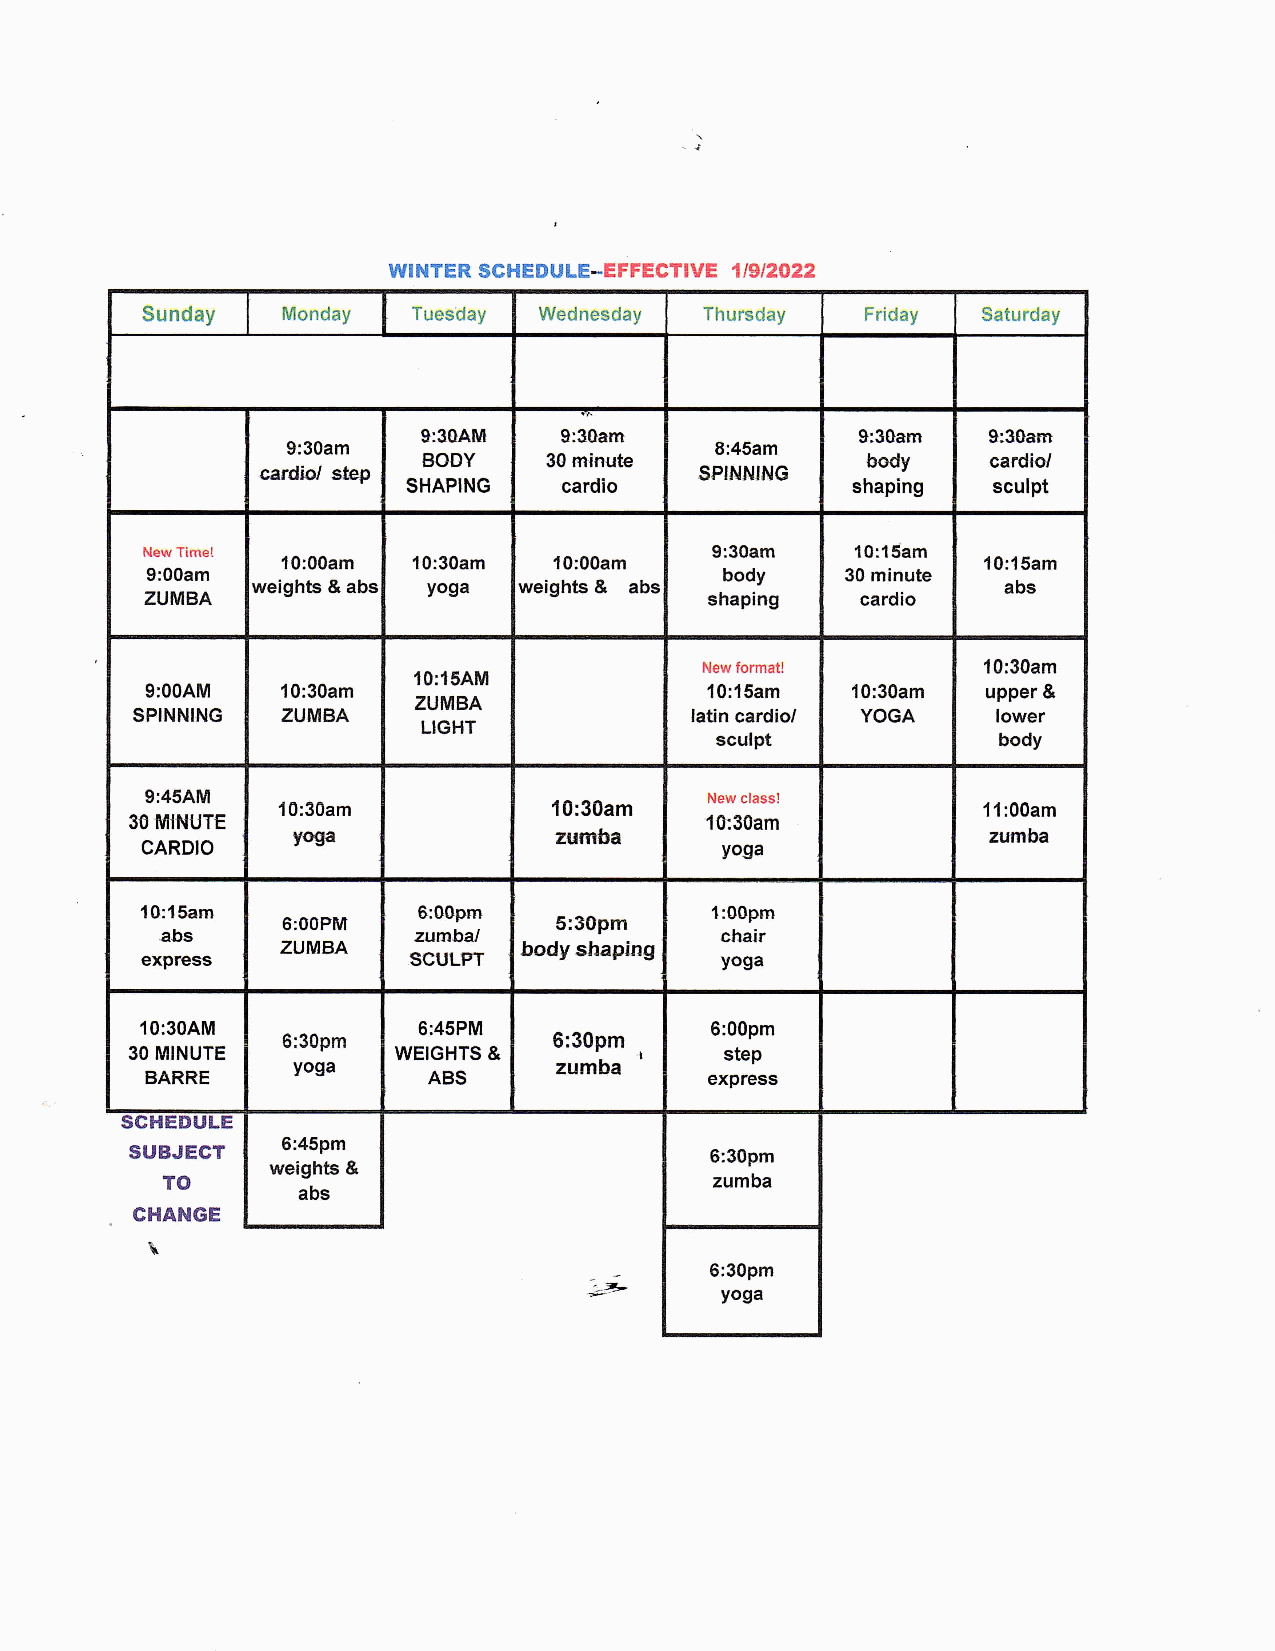
潮目閑甲瞳罷$㊨聞置の態邑園一豊臣胃壁㊧剛常置 蜜19I盆㊤盆盆
 Sunday Monday 巨uesday Wednesday 丁h即Sday 戸「iday Satu「day
 9:30am ca軸Is卸 9:30A間 ▼い 9:30a調 8:45am SP脚州的G 9:30am 9:30a隔
 BODY  30請jnu書e    一body    ca「djoI
 SHAP書NG    Cardio  Shaping   SCulpt
 New丁i叩e!  10:00am 10:30am 10:00am 9:30am 10こて5am 10:15am
 9:00am        body      30minute
 Weights&abs    yo9a   Weights&     abs  abs
 ZUMBA      Shaping         Cardio
 9:00AM 10:30am 10:15A蘭 ZUMBA LIGHT Newformat! 10:15am 10:30am 10:30am upper&
 SPINNING ZUMBA  Ia髄ncardio/  Scuipt  YOGA lower body
 9:45AM 30棚INU丁重 CARDIO 10:30am 10:30am NewcIass! 10こ30am yoga 11:00am
 yOga      雷調棚もa             Zu請ba
 10:15am 6:00P肌 ZUMBA 6:00pm 5こ30pm 心odysねapjれg 1:00pm
 急bs     之um心al         chajr
 eXP「eSS        .SCULPT     yoga
 10:30AM 6:30pm 6:45PM 6:30pm- 6:00p調
 30MINU丁各       WEIGHTS&     SteP
 BARRE  yoga  ABS  Zu調ba   eXP「eSS
 Sc鞠匿りりし匿
 SUBJEC丁   6:45p調
 6:30p鵬
 Wetghts& ●
 十〇                                  Zumba
 abs
 c門A聞G冨
 ヽ
 6:30pm
 yOga